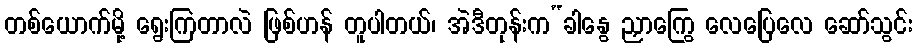
တစ်ယောက်မို့ ရွေးကြတာလဲ ဖြစ်ဟန် တူပါတယ်၊ အဲဒီတုန်းက“ခါနွေ ညှာကြွေ လေပြေလေ ဆော်သွင်း